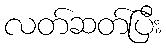
လတ်ဆတ်ပြီး